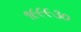
૧૯૯૯૩૦